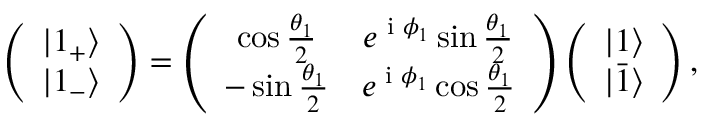
\left( \begin{array} { c } { | 1 _ { + } \rangle } \\ { | 1 _ { - } \rangle } \end{array} \right) = \left( \begin{array} { c c } { \cos \frac { \theta _ { 1 } } { 2 } } & { e ^ { \textrm { i } \phi _ { 1 } } \sin \frac { \theta _ { 1 } } { 2 } } \\ { - \sin \frac { \theta _ { 1 } } { 2 } } & { e ^ { \textrm { i } \phi _ { 1 } } \cos \frac { \theta _ { 1 } } { 2 } } \end{array} \right) \left( \begin{array} { c } { | 1 \rangle } \\ { | \bar { 1 } \rangle } \end{array} \right) ,